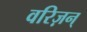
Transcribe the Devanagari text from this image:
वरिज़न्